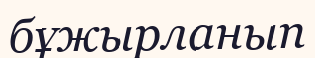
бұжырланып